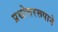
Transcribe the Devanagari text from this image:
प्रश्नोत्तररूपाने